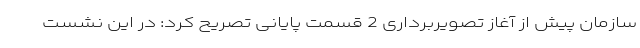
سازمان پیش از آغاز تصویربرداری 2 قسمت پایانی تصریح کرد: در این نشست